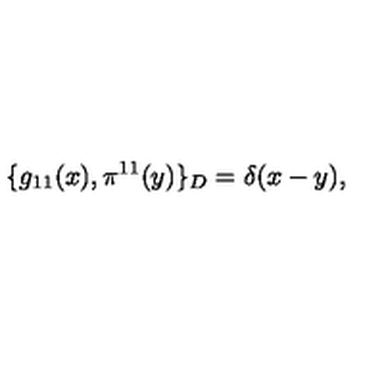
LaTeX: \{ g _ { 1 1 } ( x ) , \pi ^ { 1 1 } ( y ) \} _ { D } = \delta ( x - y ) ,